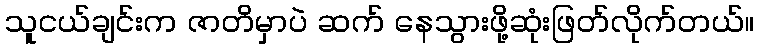
သူငယ်ချင်းက ဇာတိမှာပဲ ဆက် နေသွားဖို့ဆုံးဖြတ်လိုက်တယ်။